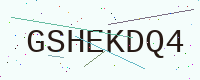
Text: GSHEKDQ4